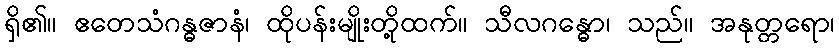
ရှိ၏။ ဧတေသံဂန္ဓဇာနံ၊ ထိုပန်းမျိုးတို့ထက်။ သီလဂန္ဓော၊ သည်။ အနုတ္တရော၊